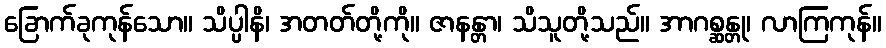
ခြောက်ခုကုန်သော။ သိပ္ပါနိ၊ အတတ်တို့ကို။ ဇာနန္တာ၊ သိသူတို့သည်။ အာဂစ္ဆန္တု၊ လာကြကုန်။